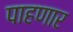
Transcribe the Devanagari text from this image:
पाहणार